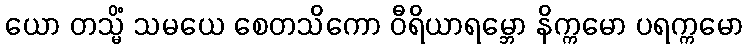
ယော တသ္မိံ သမယေ စေတသိကော ဝီရိယာရမ္ဘော နိက္ကမော ပရက္ကမော